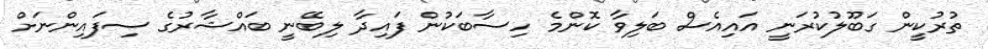
ތުރުކީން ގަބޫލުކުރަނީ އައިއެސް ބަލިވާ ކޮންމެ ހިސާބަކުން ފައިދާ ލިބޭނީ ބައްޝާރުގެ ސިފައިންނަށް